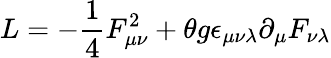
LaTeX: L=-\frac{1}{4}F_{\mu\nu}^{2}+\theta g\epsilon_{\mu\nu\lambda}\partial_{\mu}F_{\nu\lambda}